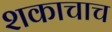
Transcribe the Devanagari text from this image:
शकाचाच